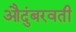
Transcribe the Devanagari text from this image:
औदुंबरवती